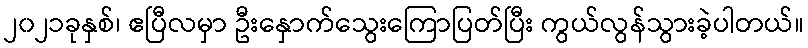
၂၀၂၁ခုနှစ်၊ ဧပြီလမှာ ဦးနှောက်သွေးကြောပြတ်ပြီး ကွယ်လွန်သွားခဲ့ပါတယ်။